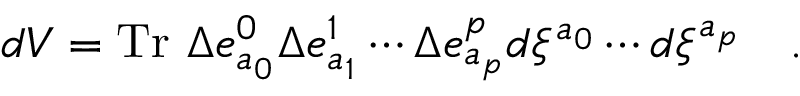
d V = \mathrm { T r } ~ \Delta e _ { a _ { 0 } } ^ { 0 } \Delta e _ { a _ { 1 } } ^ { 1 } \cdots \Delta e _ { a _ { p } } ^ { p } d \xi ^ { a _ { 0 } } \cdots d \xi ^ { a _ { p } } \quad .